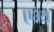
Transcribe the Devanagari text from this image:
एभ्य